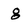
Character: g